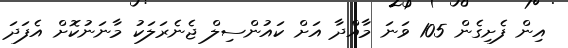
އިން ފެށިގެން 105 ވަނަ މާއްދާ އަށް ކައުންސިލް ޖެނެރަލަކު މާނަނުކޮށް އެފަދަ